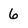
Character: 6